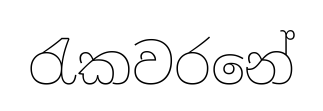
රැකවරනේ